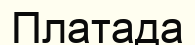
Платада